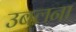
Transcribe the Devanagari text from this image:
उबलना